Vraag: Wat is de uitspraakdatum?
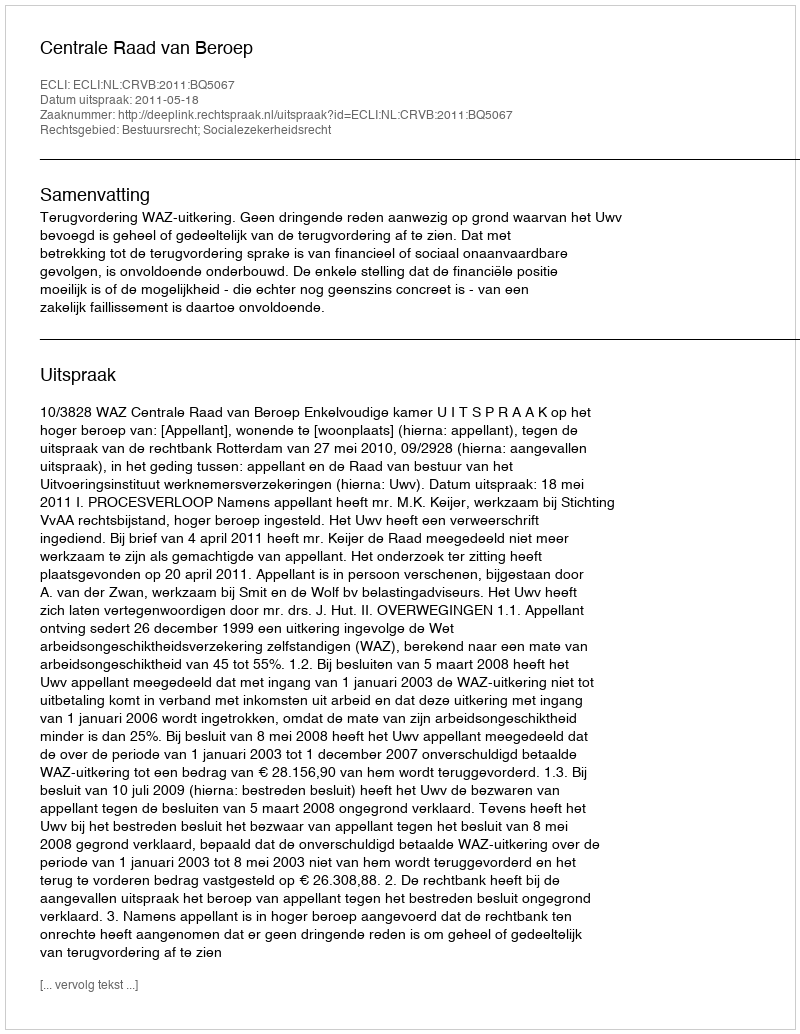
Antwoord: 2011-05-18